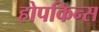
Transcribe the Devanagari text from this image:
होपकिन्स